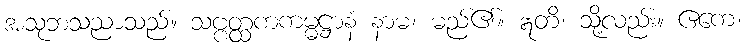
အသုဘသညာသည်။ သဗ္ဗတ္ထကကမ္မဋ္ဌာနံ နာမ၊ မည်၏။ ဣတိ၊ သို့လည်း။ ဧကေ၊